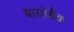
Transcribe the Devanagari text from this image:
बायोबैंक